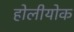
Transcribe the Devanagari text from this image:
होलीयोक